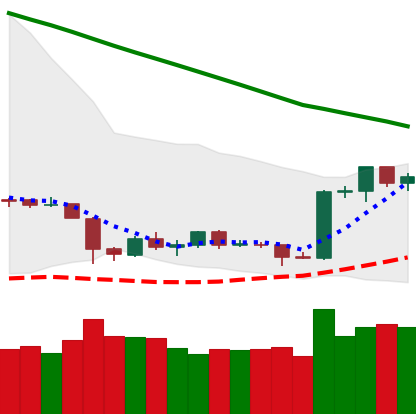
Ticker: ETH-USD
Chart end date: 2019-02-12
Forward return: 8.996%
Label: up_7plus